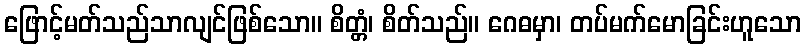
ဖြောင့်မတ်သည်သာလျင်ဖြစ်သော။ စိတ္တံ၊ စိတ်သည်။ ဂေဓမှာ၊ တပ်မက်မောခြင်းဟူသော